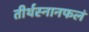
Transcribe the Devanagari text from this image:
तीर्थस्नानफलं